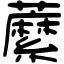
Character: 䕷